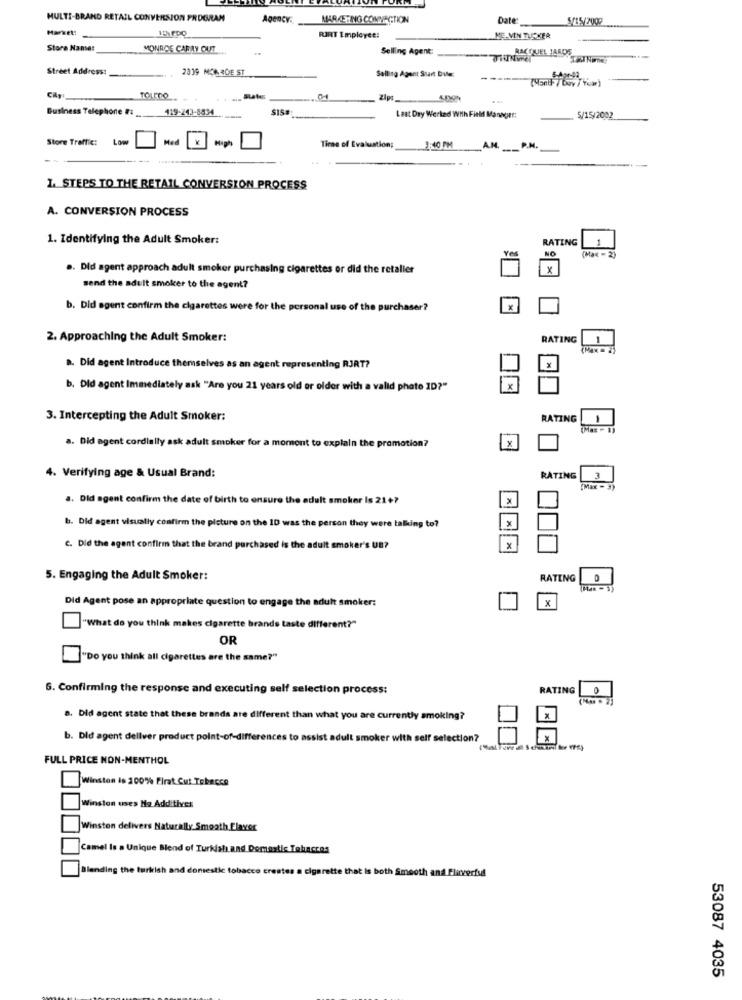
MULTI-BRAND RETAIL CONVERSION PROGRAM
AQGnCY.
MARKETING CONVECTION
Date:
5/15/2002
Market:
RIRT Employee:
ME-VIN TUCKER
Stora Nanse:
MONROE CARRY OUT
-.
Selling Agent:
RACQUEL JAROS
Street Address:
2339 MCA30E ST
Selling Agent Start Diler
Cily
TOLEDO
Zipe
Business Telephone # 119-243-8834
$15#
Last Day Werked With Field Mannext:
5/15/2002
Store Traffic:
Low
Med
High
Time of Evaluation;
.3:40 PM
A.M.
P.M.
1. STEPS TO THE RETAIL CONVERSION PROCESS
A. CONVERSION PROCESS
1. Identifying the Adult Smoker:
RATING
1
NO
(Max = 2)
. Did agent approach adult smoker purchasing cigarettes or did the retaller
X
send the adult smoker to the agent?
b. Did agent confirm the cigarettes were for the personal use of the purchaser?
2. Approaching the Adult Smoker:
RATING
a. Did agent Introduce themselves as an agent representing RJRT?
X
b. Did agent Immediately ask "Are you 21 years old or older with a valid photo ID?"
3. Intercepting the Adult Smoker:
RATING
1
a. Did agent cordially ask adult smoker for a moment to explain the promotion?
x
4. Verifying age & Usual Brand:
RATING
3
(Max - 3)
a. Did agent confirm the date of birth to ensure the adult smoker Is 21+?
x
x
b. Did agent visually confirm the picture on the ID was the person they were talking to?
C. Did the agent confirm that the brand purchased is the adult smoker's UB?
5. Engaging the Adult Smoker:
RATING
Did Agent pose an appropriate question to engage the adult smoker:
X
'What do you think makes cigarette brands taste different?"
OR
"Do you think all cigarettes are the same?"
6. Confirming the response and executing self selection process:
RATING
a. Did agent state that these brands are different than what you are currently smoking?
b. Did agent dellver product point-of-differences to assist adult smoker with self selection?
FULL PRICE NON-MENTHOL
Winston is 100% Firat Cut Tobacco
Winston uses Ho Additives
Winston delivers Naturally Smooth Elaver
Camel Is a Unique Blend of Turkish and Domestic Tohacces
Blending the turkish and domestic tobacco creates a cigarette that is both Smooth and Fluverfu
53087 4035